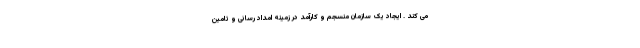
می کند . ایجاد یک سازمان منسجم و کارآمد در زمینه امداد رسانی و تامین